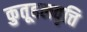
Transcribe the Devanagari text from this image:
कुतूहलवृत्ति